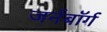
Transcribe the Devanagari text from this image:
जर्नबॉर्ग